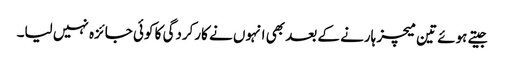
جیتے ہوئے تین میچز ہارنے کے بعد بھی انہوں نے کارکردگی کا کوئی جائزہ نہیں لیا۔